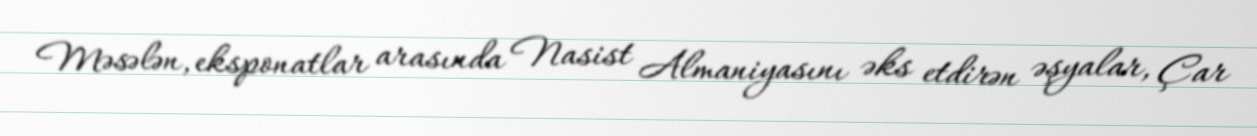
Məsələn, eksponatlar arasında Nasist Almaniyasını əks etdirən əşyalar, Çar